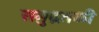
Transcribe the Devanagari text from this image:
समुद्रतळी